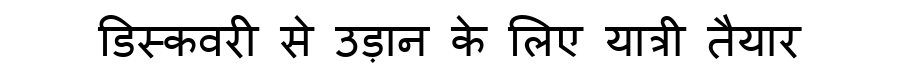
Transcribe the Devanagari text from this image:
डिस्कवरी से उड़ान के लिए यात्री तैयार